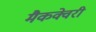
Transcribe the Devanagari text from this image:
मैकक्वेरी